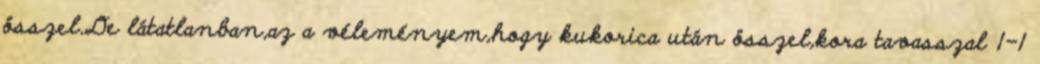
összel.De látatlanban,az a véleményem,hogy kukorica után összel,kora tavasszal 1-1